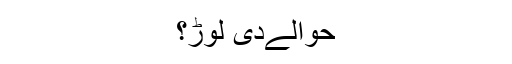
حوالےدی لوڑ؟